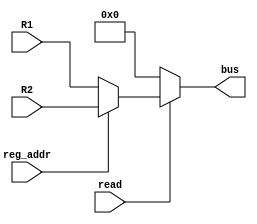
`timescale 1ns / 1ps
//////////////////////////////////////////////////////////////////////////////////
// Company: 
// Engineer: 
// 
// Design Name: 
// Module Name:    RegBcontroller 
// Project Name: 
// Target Devices: 
// Tool versions: 
// Description: 
//
// Dependencies: 
//
// Revision: 
// Revision 0.01 - File Created
// Additional Comments: 
//
//////////////////////////////////////////////////////////////////////////////////
module RegBcontroller(bus,read,reg_addr,R1,R2
    );
	output reg [7:0] bus;
	input read,reg_addr;
	input [7:0] R1,R2;
	
	always @(read or reg_addr or R1 or R2)
	if (read)
		if (reg_addr)
		 bus<=R2;
		else
		 bus<=R1;
	else
		bus<=8'b0;

endmodule